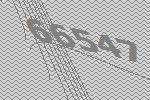
66547